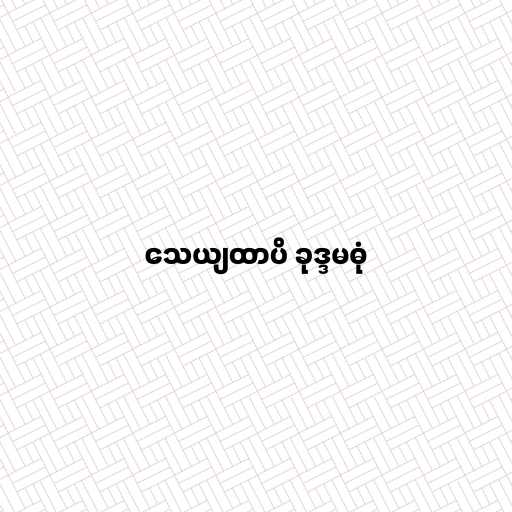
သေယျထာပိ ခုဒ္ဒမဓုံ